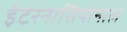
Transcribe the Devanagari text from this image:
इंटरनासियोनाल